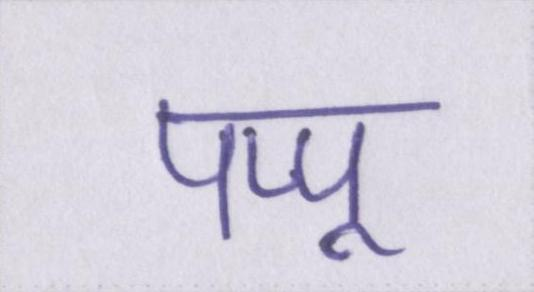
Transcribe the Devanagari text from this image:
पप्पू